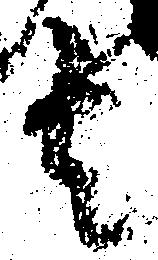
者